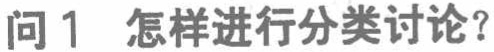
问1 怎样进行分类讨论？